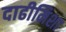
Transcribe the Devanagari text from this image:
दाढीमिशा